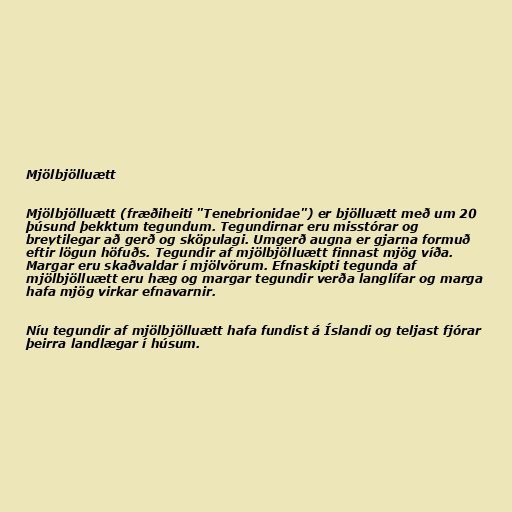
Mjölbjölluætt

Mjölbjölluætt (fræðiheiti "Tenebrionidae") er bjölluætt með um 20
þúsund þekktum tegundum. Tegundirnar eru misstórar og
breytilegar að gerð og sköpulagi. Umgerð augna er gjarna formuð
eftir lögun höfuðs. Tegundir af mjölbjölluætt finnast mjög víða.
Margar eru skaðvaldar í mjölvörum. Efnaskipti tegunda af
mjölbjölluætt eru hæg og margar tegundir verða langlífar og marga
hafa mjög virkar efnavarnir.

Níu tegundir af mjölbjölluætt hafa fundist á Íslandi og teljast fjórar
þeirra landlægar í húsum.